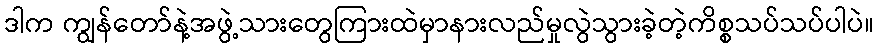
ဒါက ကျွန်တော်နဲ့အဖွဲ့သားတွေကြားထဲမှာနားလည်မှုလွဲသွားခဲ့တဲ့ကိစ္စသပ်သပ်ပါပဲ။